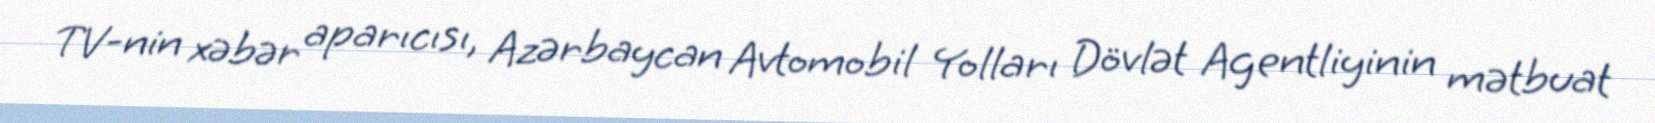
TV-nin xəbər aparıcısı, Azərbaycan Avtomobil Yolları Dövlət Agentliyinin mətbuat